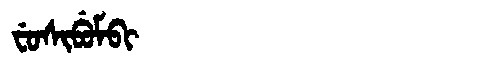
Manchu: ᠸᡠᠰᡳᠪᡠᠮᠪᡳ
Romanization: FUSIBUMBI